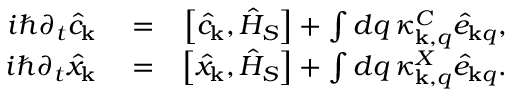
\begin{array} { r l r } { i \hbar \partial _ { t } \hat { c } _ { \bf k } } & { { } = } & { \left[ \hat { c } _ { \bf k } , \hat { H } _ { S } \right] + \int d q \, \kappa _ { { \bf k } , q } ^ { C } \hat { e } _ { { \bf k } q } , } \\ { i \hbar \partial _ { t } \hat { x } _ { \bf k } } & { { } = } & { \left[ \hat { x } _ { \bf k } , \hat { H } _ { S } \right] + \int d q \, \kappa _ { { \bf k } , q } ^ { X } \hat { e } _ { { \bf k } q } . } \end{array}